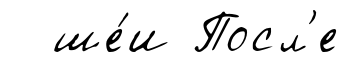
ше́и Посл'е